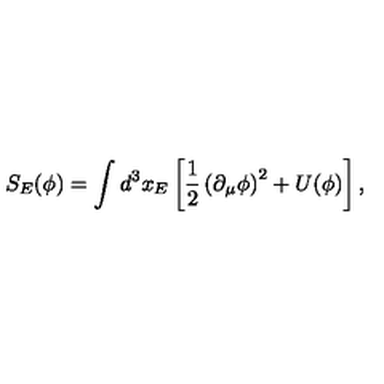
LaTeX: S _ { E } ( \phi ) = \int d ^ { 3 } x _ { E } \left[ \frac { 1 } { 2 } \left( \partial _ { \mu } \phi \right) ^ { 2 } + U ( \phi ) \right] ,